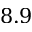
8 . 9